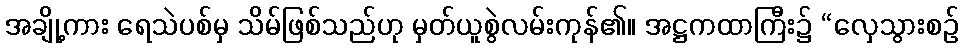
အချို့ကား ရေသဲပစ်မှ သိမ်ဖြစ်သည်ဟု မှတ်ယူစွဲလမ်းကုန်၏။ အဋ္ဌကထာကြီး၌ “လှေသွားစဉ်